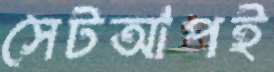
সেটআপই